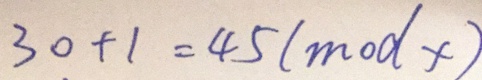
3 0 + 1 = 4 5 ( m o d x )